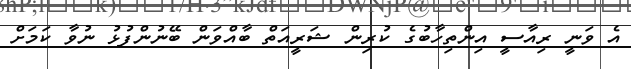
އެ ވަނީ ރިއާސީ އިންތިހާބުގެ ކުރިން ޝަރީއަތް ބާއްވަން ބޭނުންފުޅު ނުވާ ކަމަށް